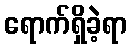
ရောက်ရှိခဲ့ရာ